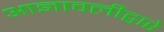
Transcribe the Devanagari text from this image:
आज्ञावलीद्वारे